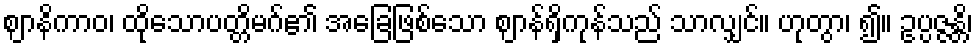
ဈာနိကာဝ၊ ထိုသောပတ္တိမဂ်၏ အခြေဖြစ်သော ဈာန်ရှိကုန်သည် သာလျှင်။ ဟုတွာ၊ ၍။ ဥပ္ပဇ္ဇန္တိ၊